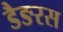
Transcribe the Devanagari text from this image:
डैङरस